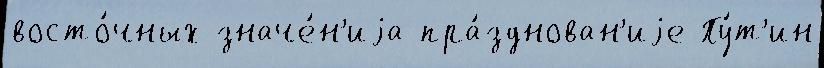
восто́чных значе́н'иjа пра́зднован'иjе Пу́т'ин